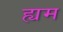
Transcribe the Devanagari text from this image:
ह्यम